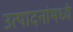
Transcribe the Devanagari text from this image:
उत्पादनांमध्‍ये